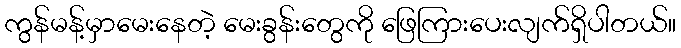
ကွန်မန့်မှာမေးနေတဲ့ မေးခွန်းတွေကို ဖြေကြားပေးလျက်ရှိပါတယ်။